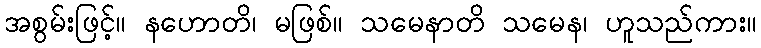
အစွမ်းဖြင့်။ နဟောတိ၊ မဖြစ်။ သမေနာတိ သမေန၊ ဟူသည်ကား။